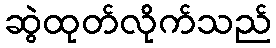
ဆွဲထုတ်လိုက်သည်